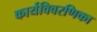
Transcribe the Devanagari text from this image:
कार्यविवरणिका